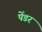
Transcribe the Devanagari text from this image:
पेंडर